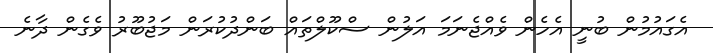
އެގައުމުން ބުނީ އެހެން ވެއްޖެނަމަ އަލުން ސްކޫލްތައް ބަންދުކުރަން މަޖުބޫރު ވެގެން ދާނެ